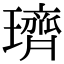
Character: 璾